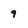
Character: 9